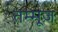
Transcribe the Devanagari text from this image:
तम्मूज